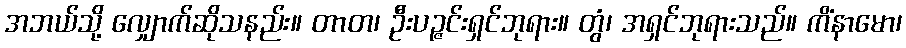
အဘယ်သို့ လျှောက်ဆိုသနည်း။ တာတ၊ ဦးပဉ္ဇင်းရှင်ဘုရား။ တွံ၊ အရှင်ဘုရားသည်။ ကိံနာမော၊